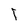
Character: l